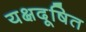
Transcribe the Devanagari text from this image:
यक्षदूषित